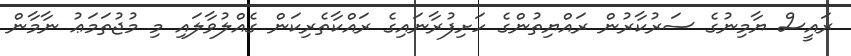
ރައީސް ޔާމިނުގެ ސަރުކާރުން ރައްޔިތުންގެ ހަށިފުރާނައިގެ ރައްކާތެރިކަން ގެއްލުވާލައި މި މުޖުތަމަޢު ނާމާން